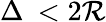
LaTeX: \Delta\: <2\mathcal{R}